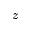
z